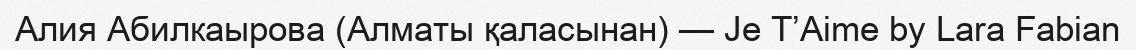
Алия Абилкаырова (Алматы қаласынан) — Je T’Aime by Lara Fabian